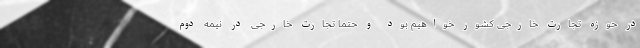
در حوزه تجارت خارجی کشور خواهیم بود و حتماً تجارت خارجی در نیمه دوم